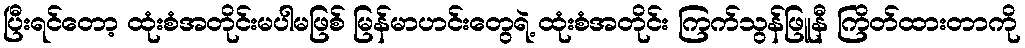
ပြီးရင်တော့ ထုံးစံအတိုင်းမပါမဖြစ် မြန်မာဟင်းတွေရဲ့ ထုံးစံအတိုင်း ကြက်သွန်ဖြူနီ ကြိတ်ထားတာကို